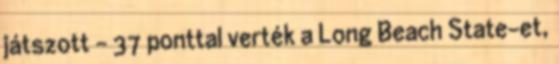
játszott - 37 ponttal verték a Long Beach State-et,